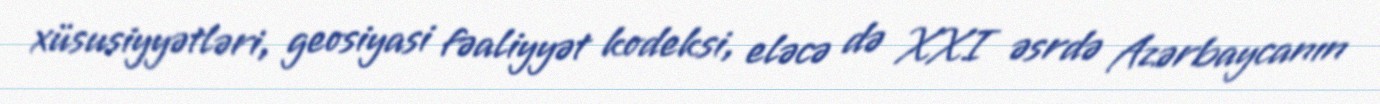
xüsusiyyətləri, geosiyasi fəaliyyət kodeksi, eləcə də XXI əsrdə Azərbaycanın